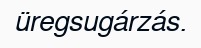
üregsugárzás.